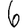
Digit: 6